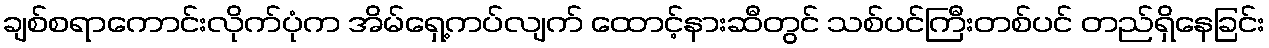
ချစ်စရာကောင်းလိုက်ပုံက အိမ်ရှေ့ကပ်လျက် ထောင့်နားဆီတွင် သစ်ပင်ကြီးတစ်ပင် တည်ရှိနေခြင်း